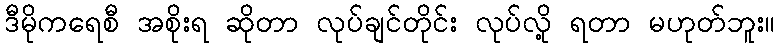
ဒီမိုကရေစီ အစိုးရ ဆိုတာ လုပ်ချင်တိုင်း လုပ်လို့ ရတာ မဟုတ်ဘူး။